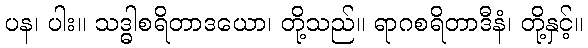
ပန၊ ပါး။ သဒ္ဓါစရိတာဒယော၊ တို့သည်။ ရာဂစရိတာဒီနံ၊ တို့နှင့်။